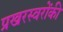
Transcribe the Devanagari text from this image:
प्रखरस्वरोंकी